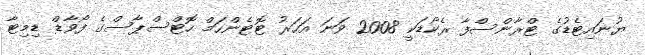
ޔުނައިޓެޑުގެ ޓްރާންސްފާ ރެކޯޑަކީ 2008 ވަނަ އަހަރު ޓޮޓެންހަމް ހޮޓްސްޕާސްގެ ފޯވާޑް ޑިމިޓާ